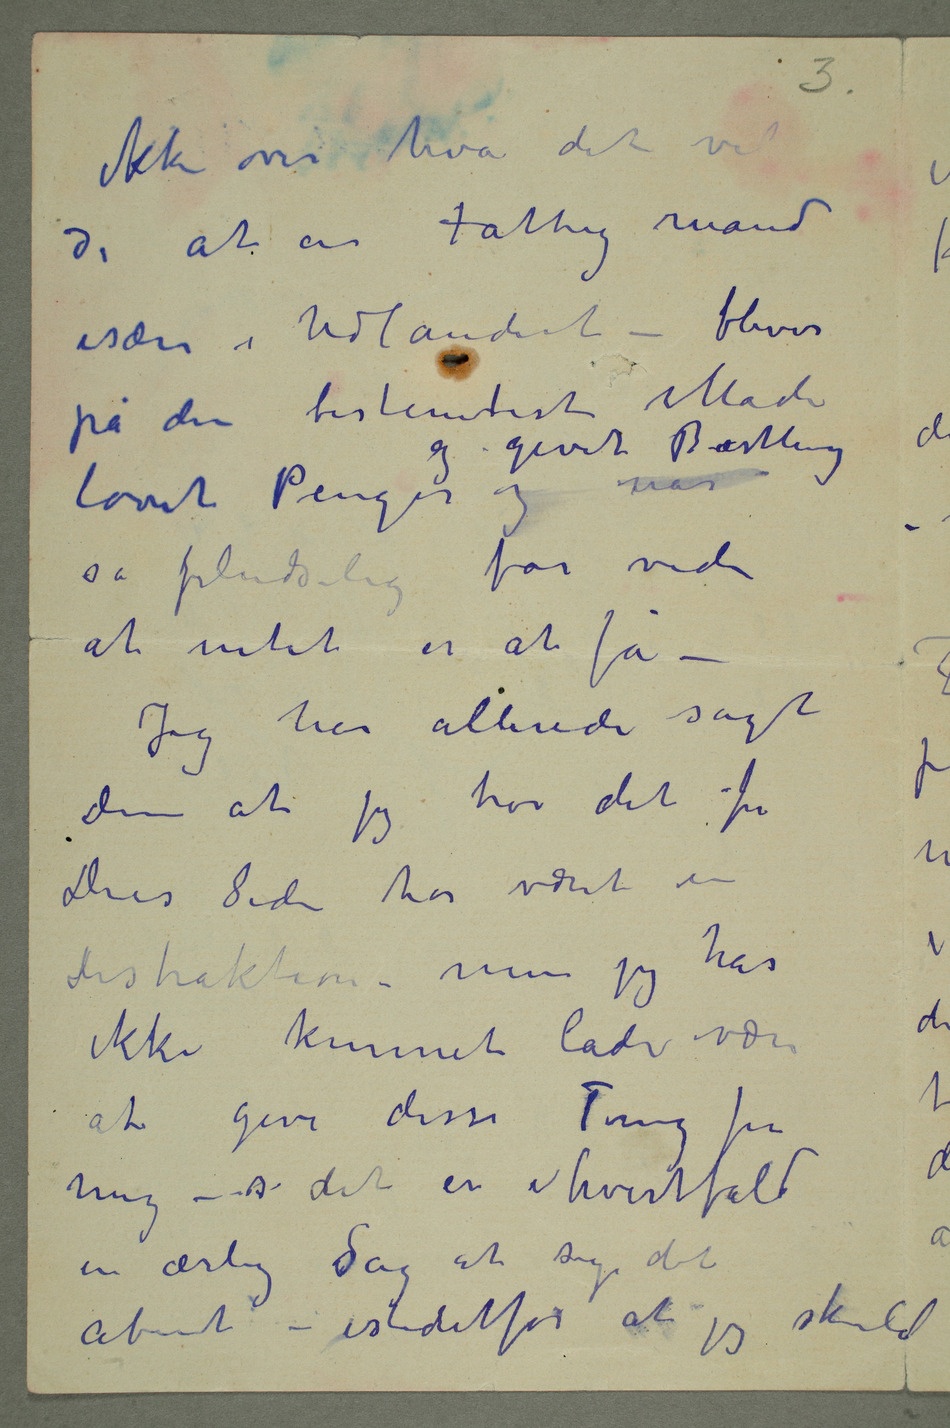
ikke over hva det vil
si at en fattig mand
især i Udlandet – bliver
på den bestemteste Måde
lovet Penger og givet
så pludselig får vide
at intet er å få –
Jeg har allerede sagt
Dem at jeg tror det fra
Deres side har været en
distraktion – men jeg
ikke kunnet lade være
at give disse Ting fra
mig – så det er ihvertfald
en ærlig sSag at sige det
åbent – istedetfor at jeg skulde